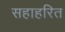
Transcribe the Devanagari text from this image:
सहाहरित